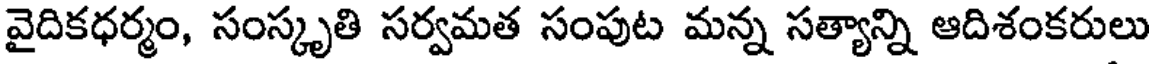
వైదికధర్మం, సంస్కృతి సర్వమత సంపుట మన్న సత్యాన్ని ఆదిశంకరులు